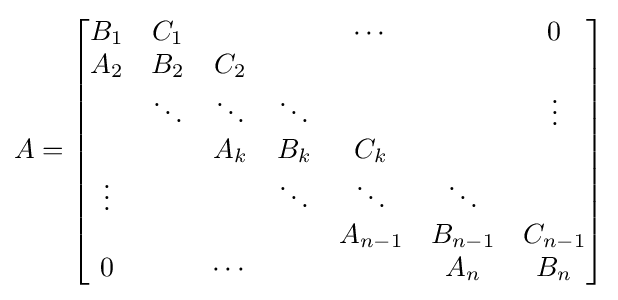
{A}={\begin{bmatrix}{B}_{1}&{C}_{1}&&&\cdots &&{0}\\{A}_{2}&{B}_{2}&{C}_{2}&&&&\\&\ddots &\ddots &\ddots &&&\vdots \\&&{A}_{k}&{B}_{k}&{C}_{k}&&\\\vdots &&&\ddots &\ddots &\ddots &\\&&&&{A}_{n-1}&{B}_{n-1}&{C}_{n-1}\\{0}&&\cdots &&&{A}_{n}&{B}_{n}\end{bmatrix}}